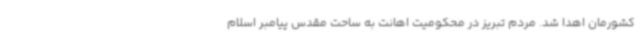
کشورمان اهدا شد. مردم تبریز در محکومیت اهانت به ساحت مقدس پیامبر اسلام